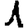
Digit: 1